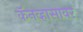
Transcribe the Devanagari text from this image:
कॅनव्हासावर